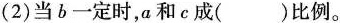
(2)当b一定时，a和c成()比例。